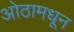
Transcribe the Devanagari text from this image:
ओठामधून